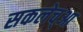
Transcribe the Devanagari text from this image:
सकलेच्आ